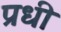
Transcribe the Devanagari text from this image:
प्रधी